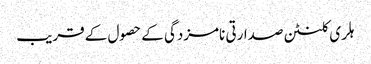
ہلری کلنٹن صدارتی نامزدگی کے حصول کے قریب